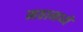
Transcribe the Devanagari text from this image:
मठामध्ये